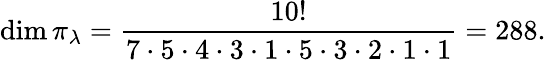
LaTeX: \dim\pi_{\lambda}={\frac{10!}{7\cdot 5\cdot 4\cdot 3\cdot 1\cdot 5\cdot 3\cdot 2\cdot 1\cdot 1}}=288.